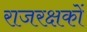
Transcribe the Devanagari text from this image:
राजरक्षकों